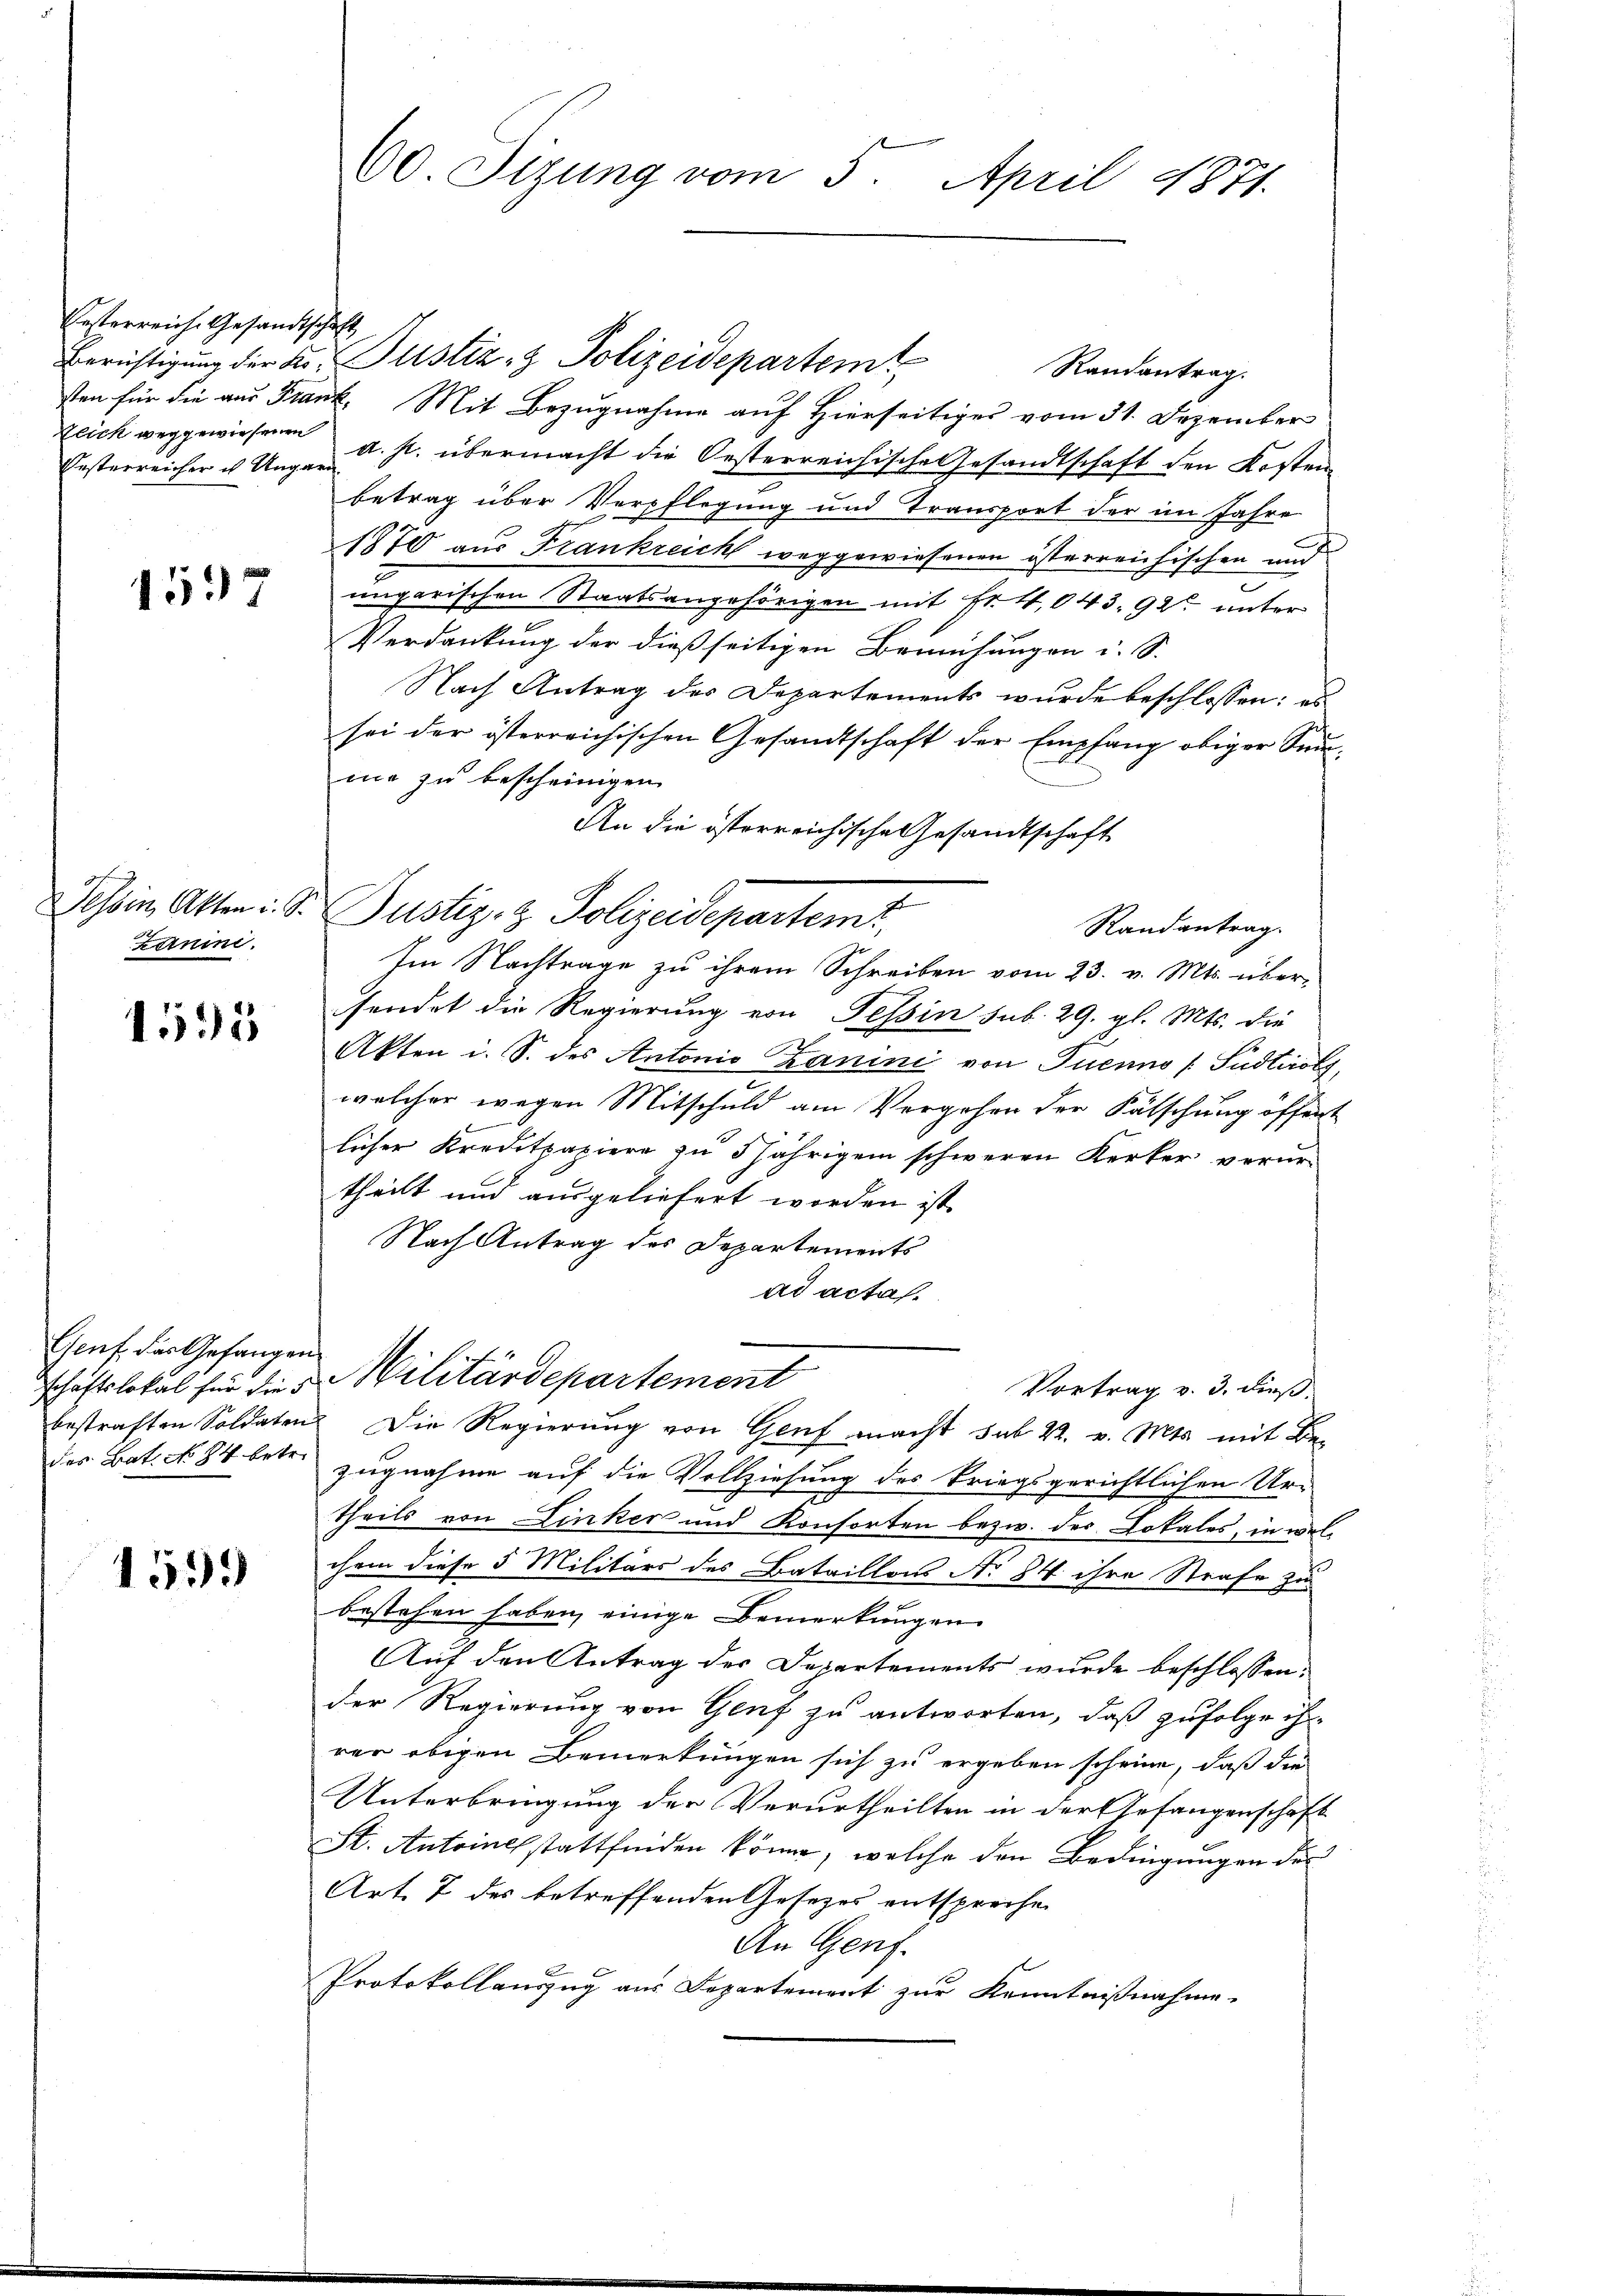
Vesterreiche Gesandtschaft
Eesterreicher ich Ungarn

1537

gef
karnini.

1595

Genf der Gefangen
schaftslokal für die s
des Bat. No 84 betr.

1599

60. Sizung vom 5. April 1871.

Berichtigung der Fr. Justiz- & Polizeidepartem
Randantrag.
sten für die aus Frank. Mit Bezugnahme auf Hierseitiges vom 31. Dezember
zeich weggewiesenen a. p. übermacht die Oesterreichische Gesandtschaft den Kosten
betrag über Verpflegung und Transport der im Jahre
1870 aus Frankreich weggewiesenen österreichischen und
e
ungarischen Staatsangehörigen mit Fr. 4,043. 92 unter
Verdankung der dießseitigen Bemühungen i. S.
Nach Antrag des Departements wurde beschlossen: es
sei der österreichischen Gesandtschaft der Empfang obiger Summe zu bescheinigen
An die österreichische Gesandtschaft
Randantrag.
Im Nachtrage zu ihrem Schreiben vom 23. v. Mts. überfendet die Regierung von Tessin sub. 29. gl. Mts. die
Akten i. S. des Antonio Zanini von Tuenno / Südtirol,
welcher wegen Mitschuld am Vergehen der Fälschung öffent
licher Kreditpapiere zu 5 jährigem schweren Kerker verur-
theilt und ausgeliefert worden ist.
Nach Antrag des Departements
ad acta.
Militärdepartement
Vortrag v. 3. dieß
bestraften Soldaten Die Regierung von Genf macht sub 22. v. Mts. mit Be-
zugnahme auf die Vollziehung des kriegsgerichtlichen Ur-
theils von Dinker und Konsorten bezw. des Lokales, in welchem diese 5 Militärs des Bataillons No 84 ihre Strafe zu
bestehen haben, einige Bemerkungen
Auf den Antrag des Departements wurde beschlossen:
der Regierung von Genf zu antworten, daß zufolge ihrer obigen Bemerkungen sich zu ergeben scheine, daß die
Unterbringung der Verurtheilten in der Gefangenschaft
St. Antrinel stattfinden könne, welche den Bedingungen des
Art. 7 des betreffenden Gesetzes entsprechen
An Genf.
Protokollauszug aus Departement zur Kenntnißnahme.

esem Akten: St. Justiz- & Polizeidepartemt